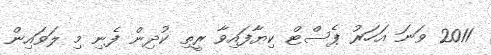
2011 ވަނަ އަހަރު ޕެސްޓް ކިޔާފައިވާ ރީތި ކުދިން ފެނި މި ލަވައިން